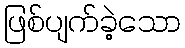
ဖြစ်ပျက်ခဲ့သော